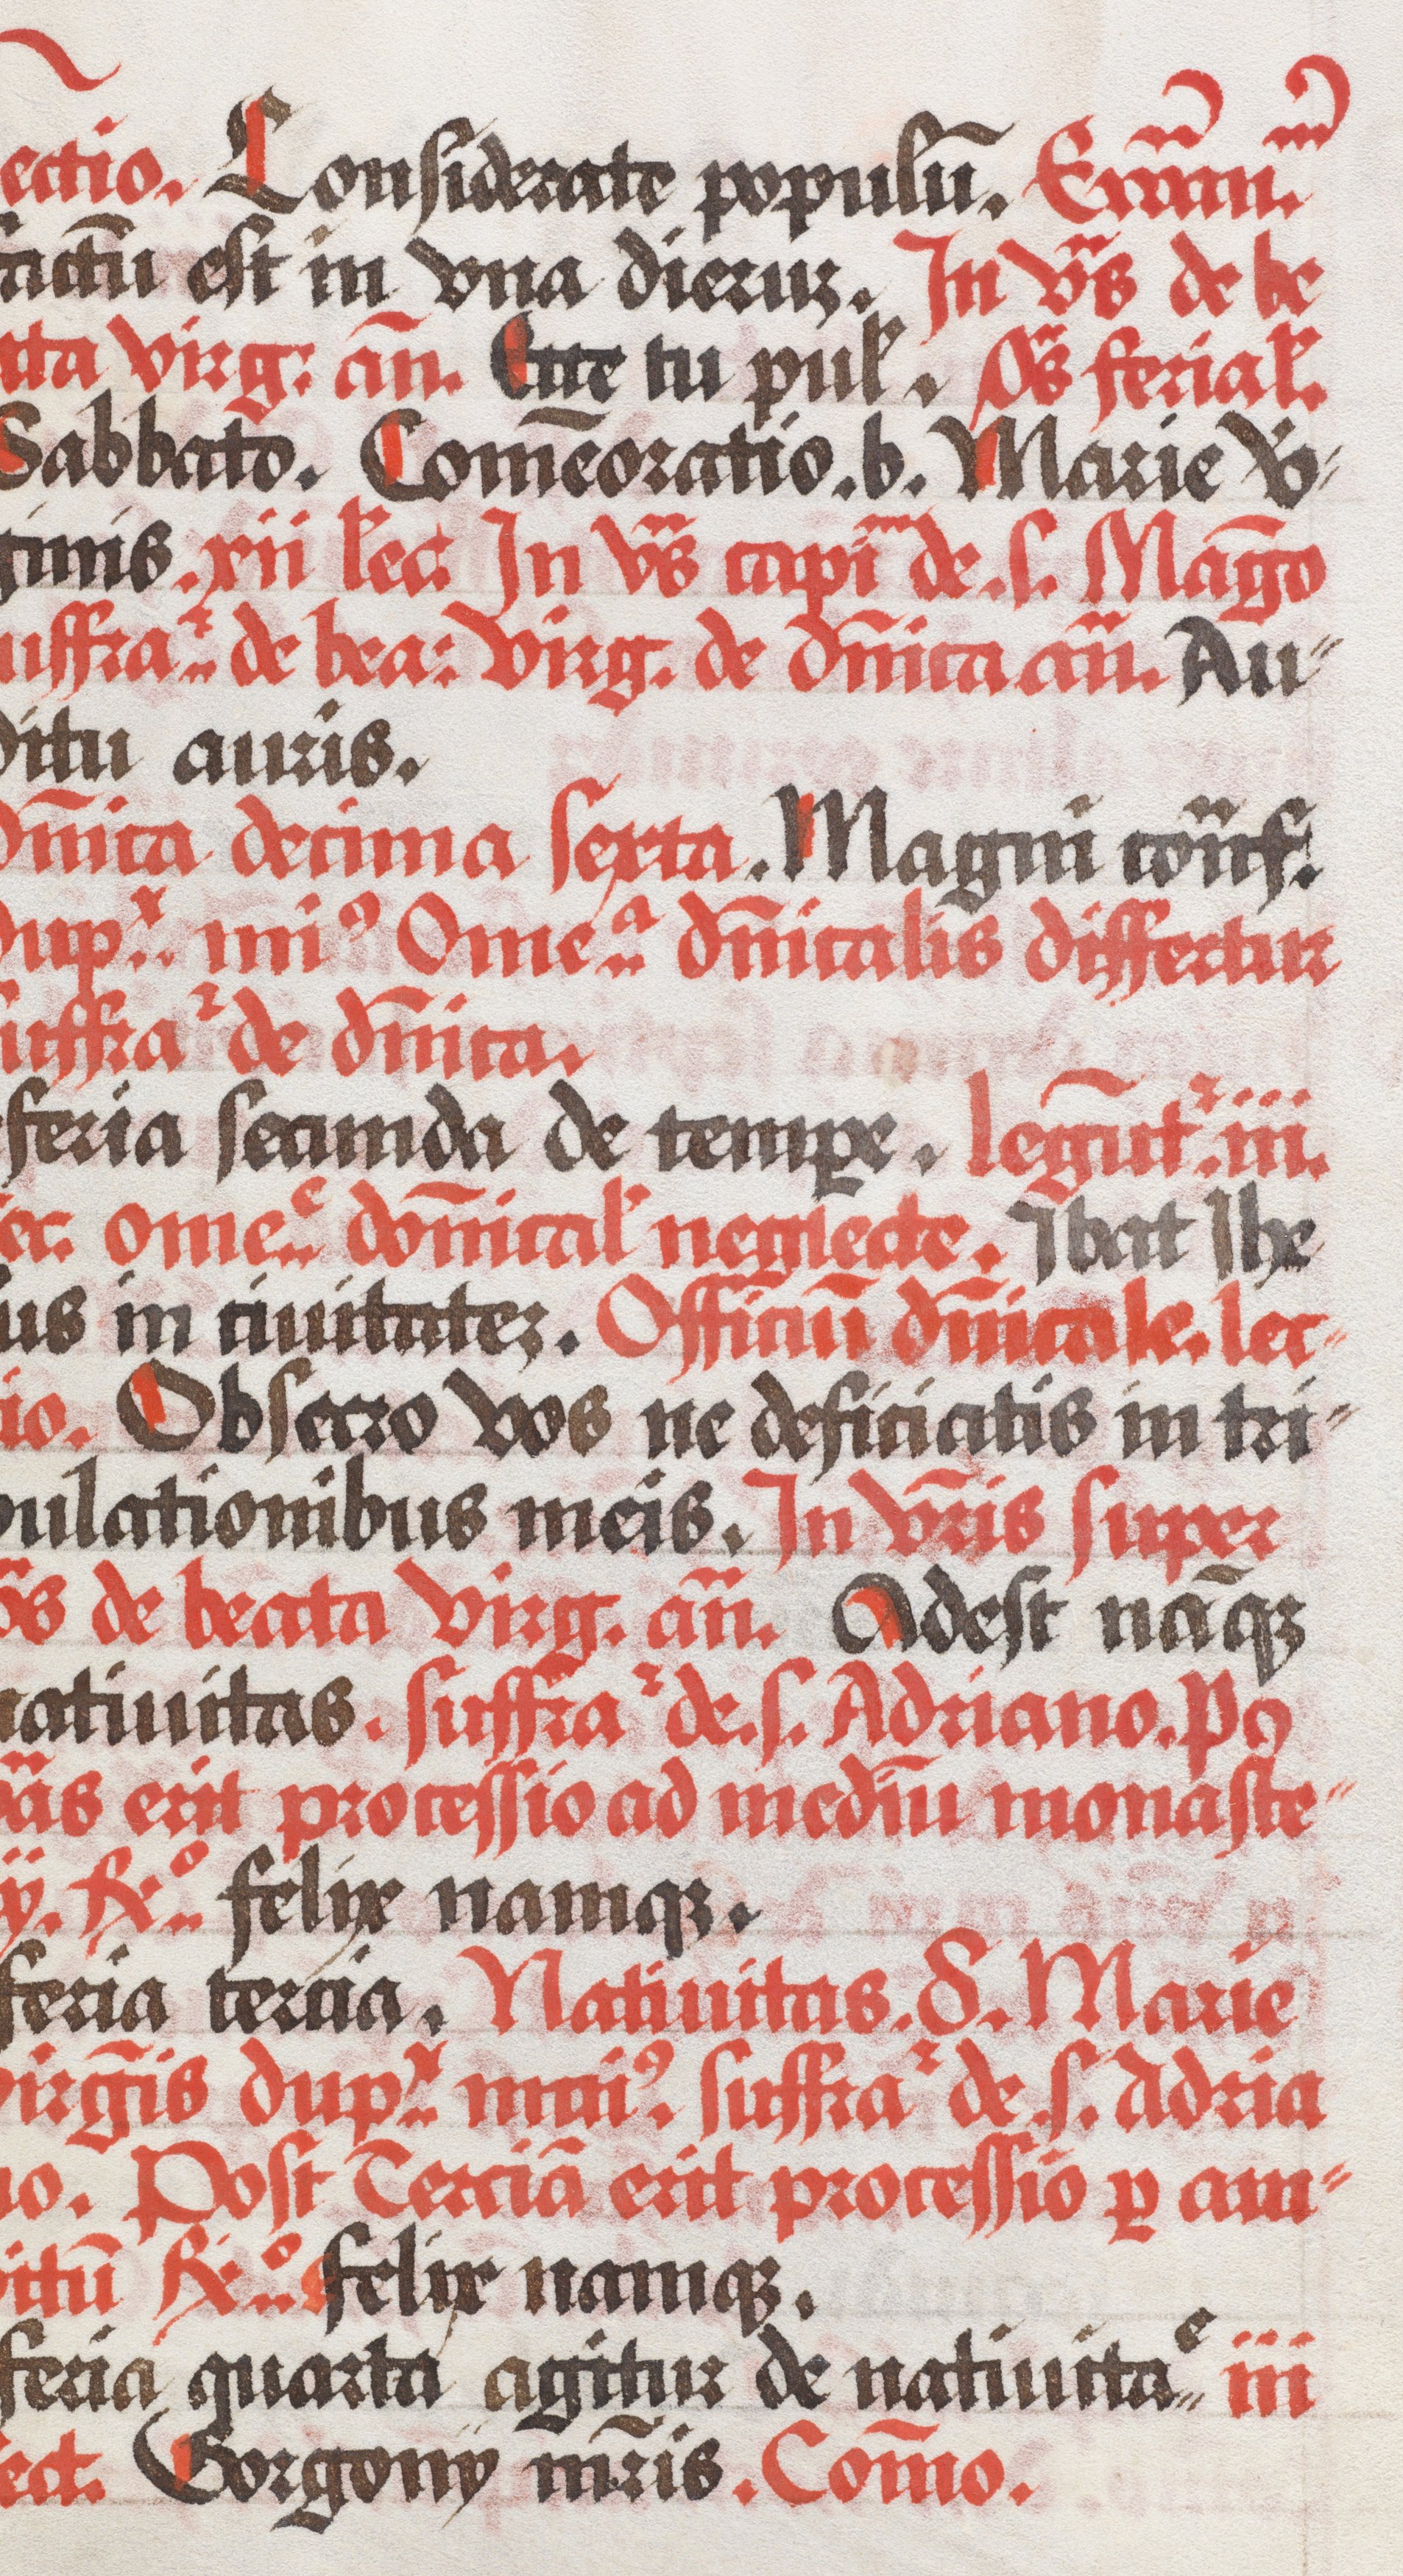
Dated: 1490–1535